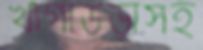
খাগাউড়াসহ